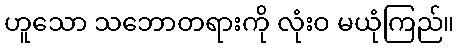
ဟူသော သဘောတရားကို လုံးဝ မယုံကြည်။